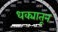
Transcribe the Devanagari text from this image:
धक्यातून